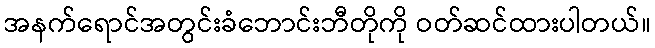
အနက်ရောင်အတွင်းခံဘောင်းဘီတိုကို ဝတ်ဆင်ထားပါတယ်။